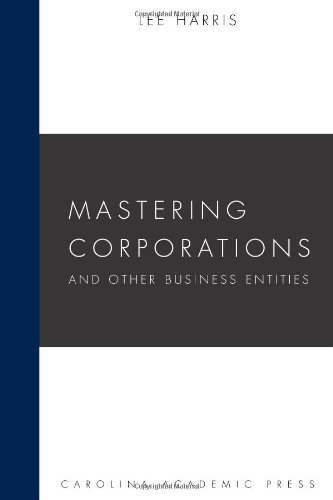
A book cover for Mastering Corporations and Other Business Entities (Carolina Academic Press Mastering Series); Lee Harris; Law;